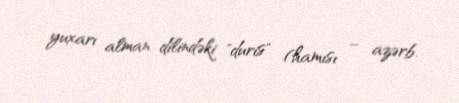
yuxarı alman dilindəki "duris" (hamısı – azərb.